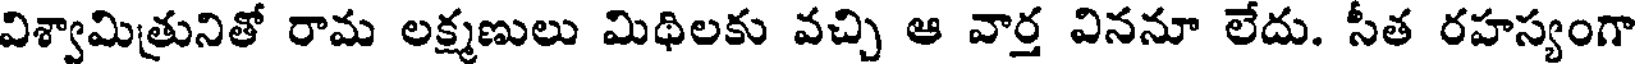
విశ్వామిత్రునితో రామ లక్ష్మణులు మిథిలకు వచ్చి ఆ వార్త విననూ లేదు. సీత రహస్యంగా